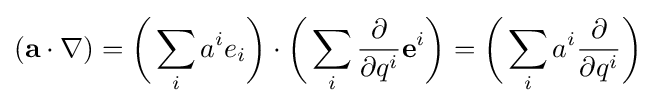
(\mathbf {a} \cdot \nabla )={\biggl (}\sum _{i}a^{i}e_{i}{\biggr )}\cdot {\biggl (}\sum _{i}{\frac {\partial }{\partial q^{i}}}\mathbf {e} ^{i}{\biggr )}={\biggl (}\sum _{i}a^{i}{\frac {\partial }{\partial q^{i}}}{\biggr )}